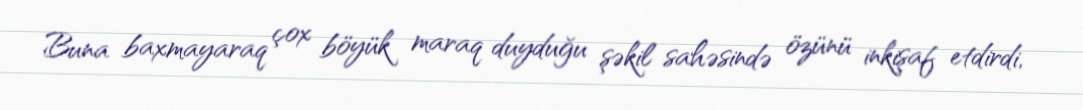
Buna baxmayaraq çox böyük maraq duyduğu şəkil sahəsində özünü inkişaf etdirdi,